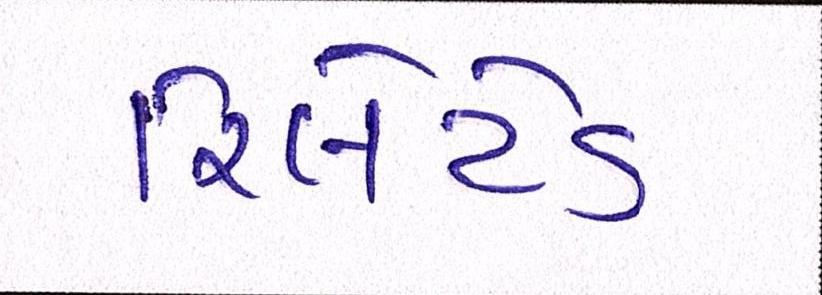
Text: રિલેટેડ